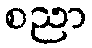
စညာ